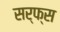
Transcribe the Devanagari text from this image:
सर्फ्स